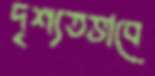
দৃশ্যতভাবে